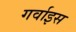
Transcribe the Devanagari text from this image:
गर्वाइस